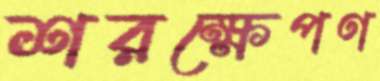
শরক্ষেপণ